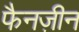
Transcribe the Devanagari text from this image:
फैनज़ीन